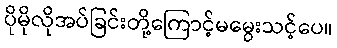
ပိုမိုလိုအပ်ခြင်းတို့ကြောင့်မမွေးသင့်ပေ။